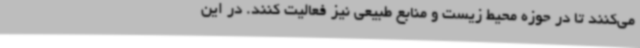
می‌کنند تا در حوزه محیط زیست و منابع طبیعی نیز فعالیت کنند. در این